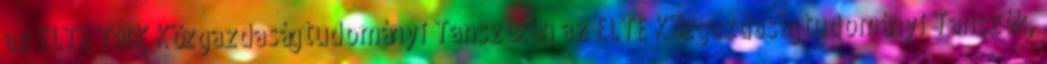
az ELTE TátK Közgazdaságtudományi Tanszékén az ELTE Közgazdaságtudományi Tanszék,